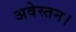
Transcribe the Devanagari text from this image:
अवेस्तन।